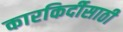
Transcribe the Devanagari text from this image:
कारकिर्दीसाठी